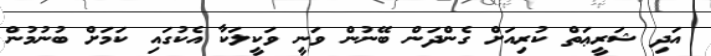
އަދި ޝަރީޢަތް ކުރިއަށް ގެންދަން ބޭނުން ވަނީ ވަކީލަކާ އެކުގައި ކަމަށް ބުނުމުން